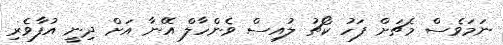
ނަމަވެސް މެޗަށް ފަހު ކޯޗު ލުއިސް ވެންހާލް އޭނާ އަށް ދިނީ އުފާވެރި